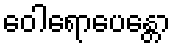
ဝေါရောပေန္တော